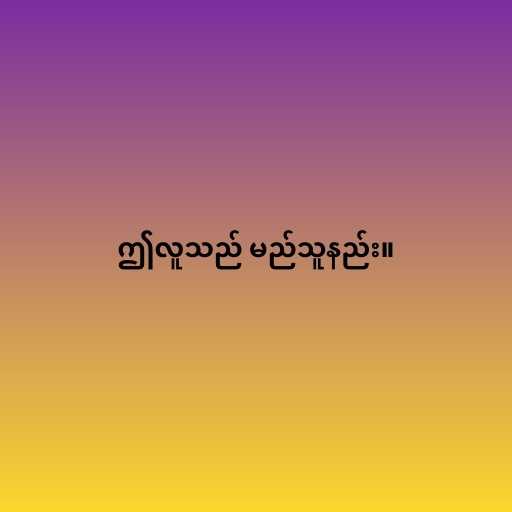
ဤလူသည် မည်သူနည်း။